Bréfritari: Sigríður Guðmundsdóttir
Viðtakandi: Jón Borgfirðings Jónsson
Dagsetning: A-1858-04-14
Skrifað á: Reykjavík  Gull.

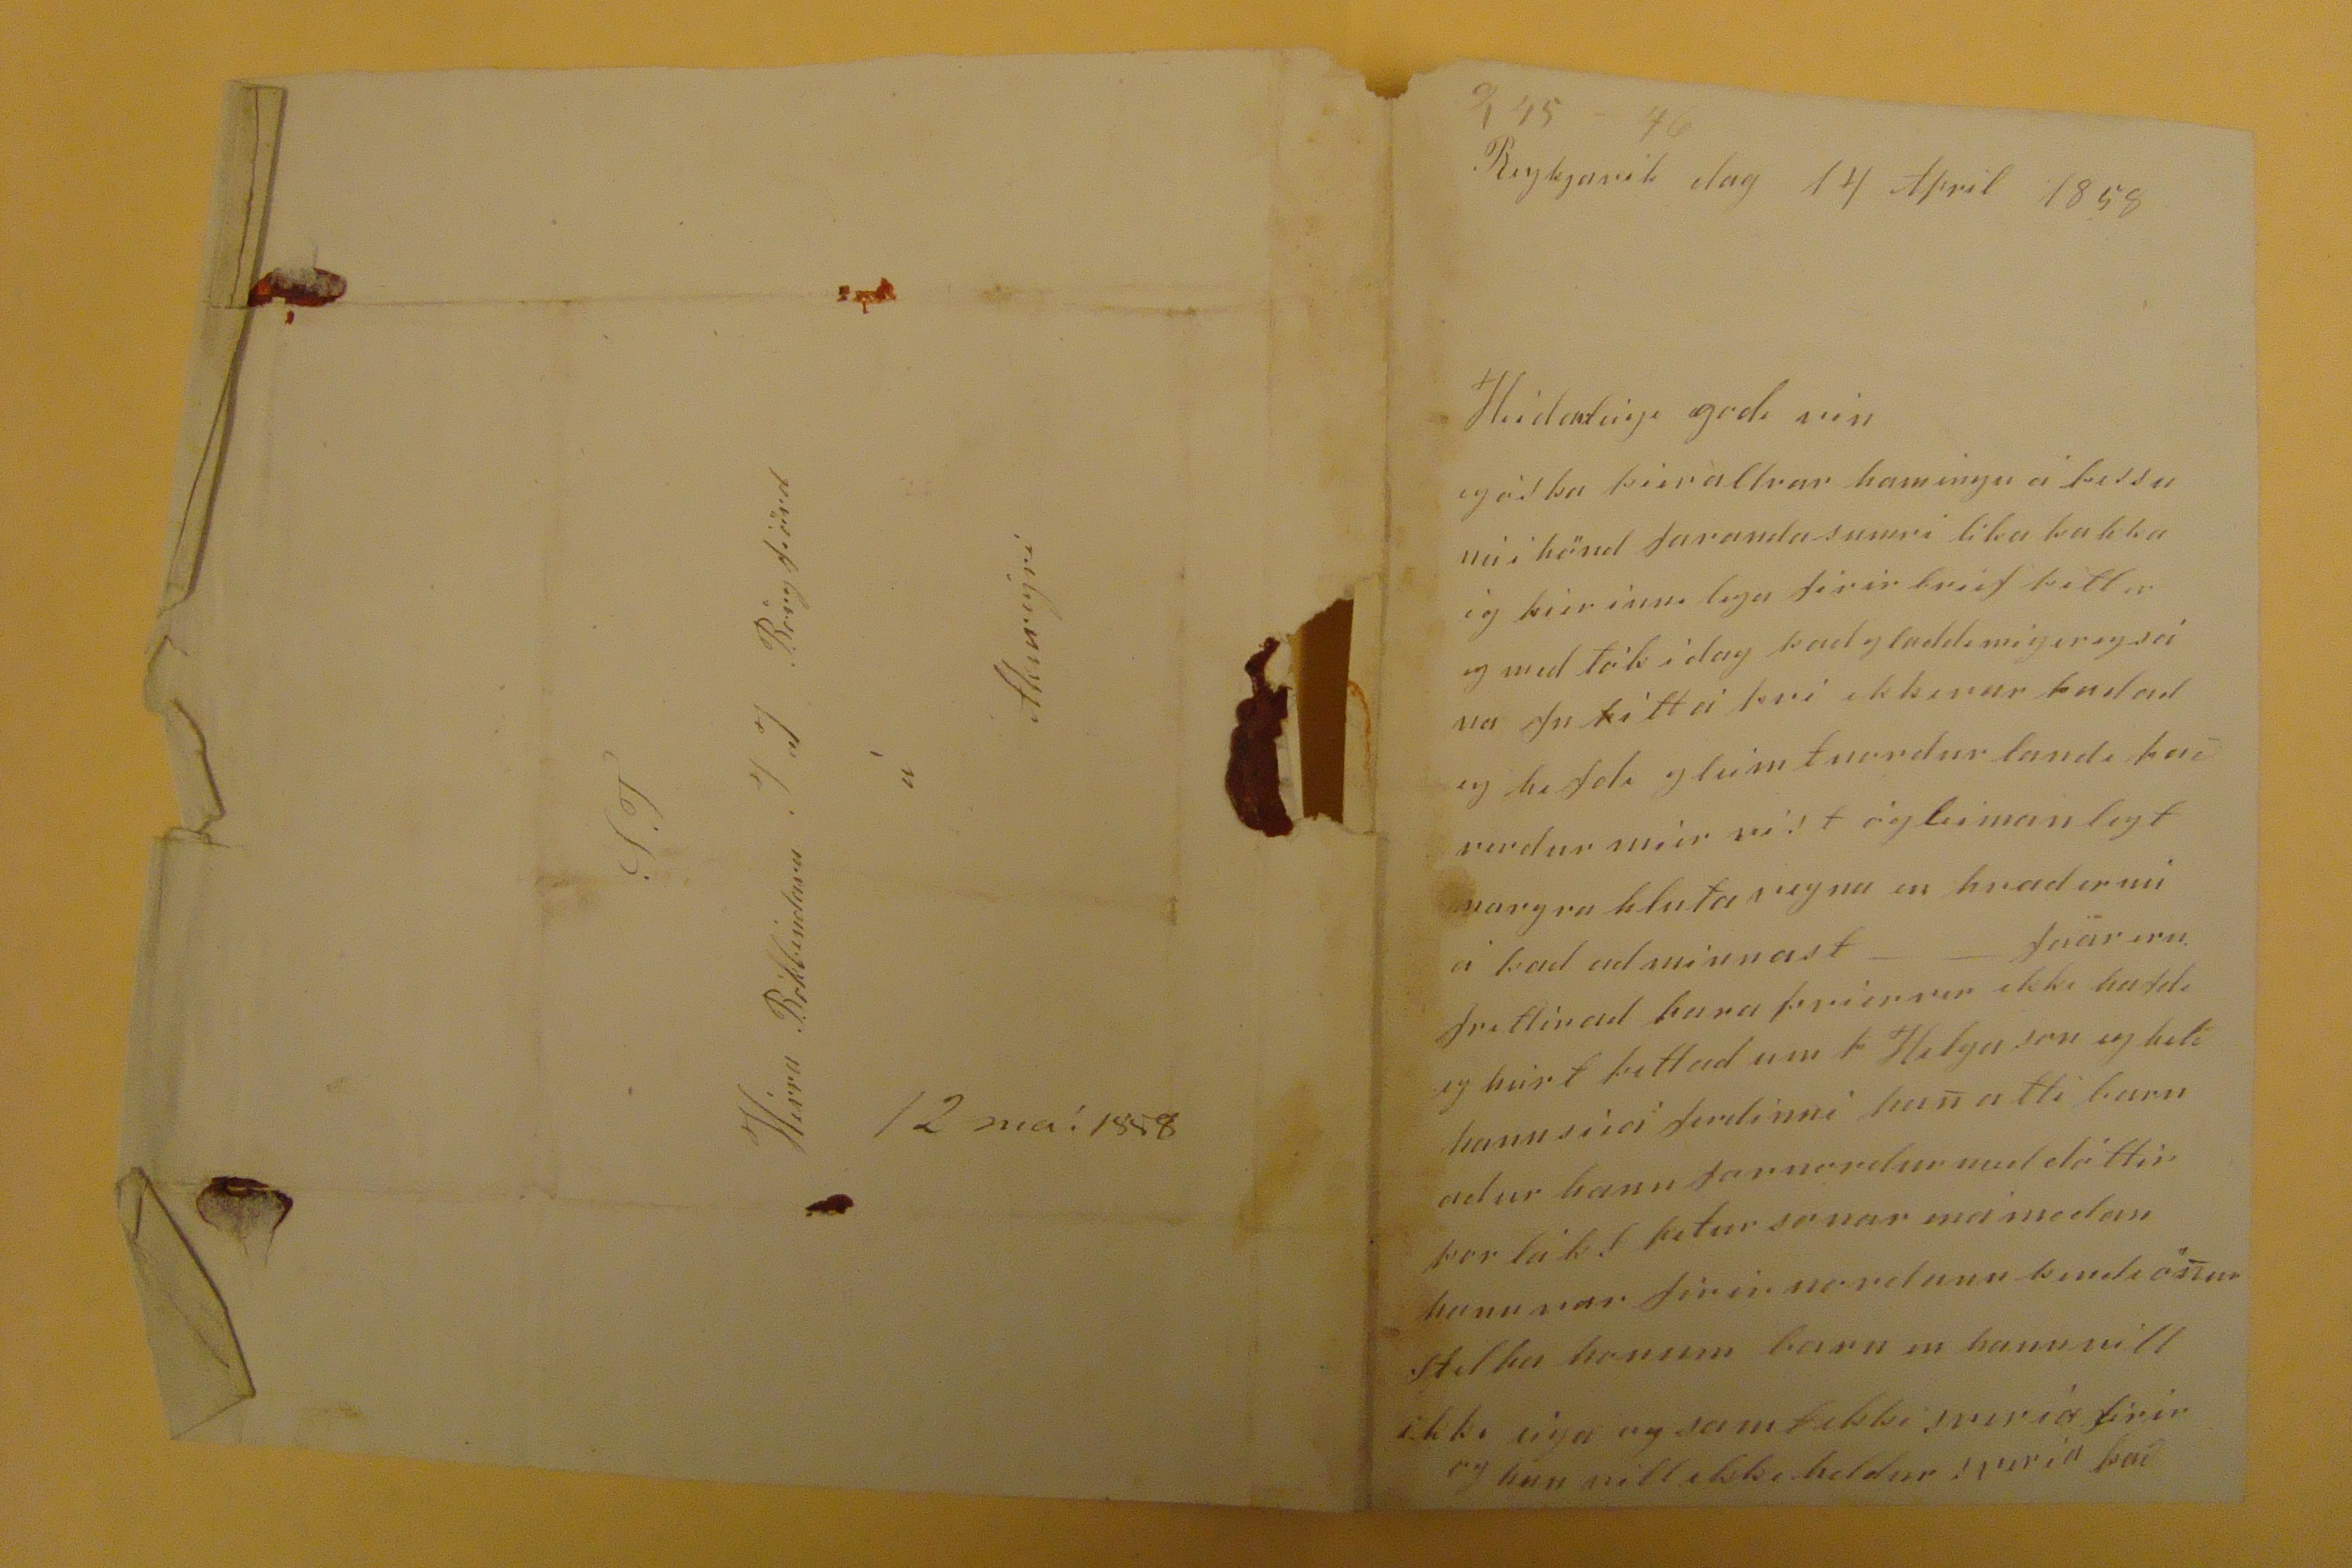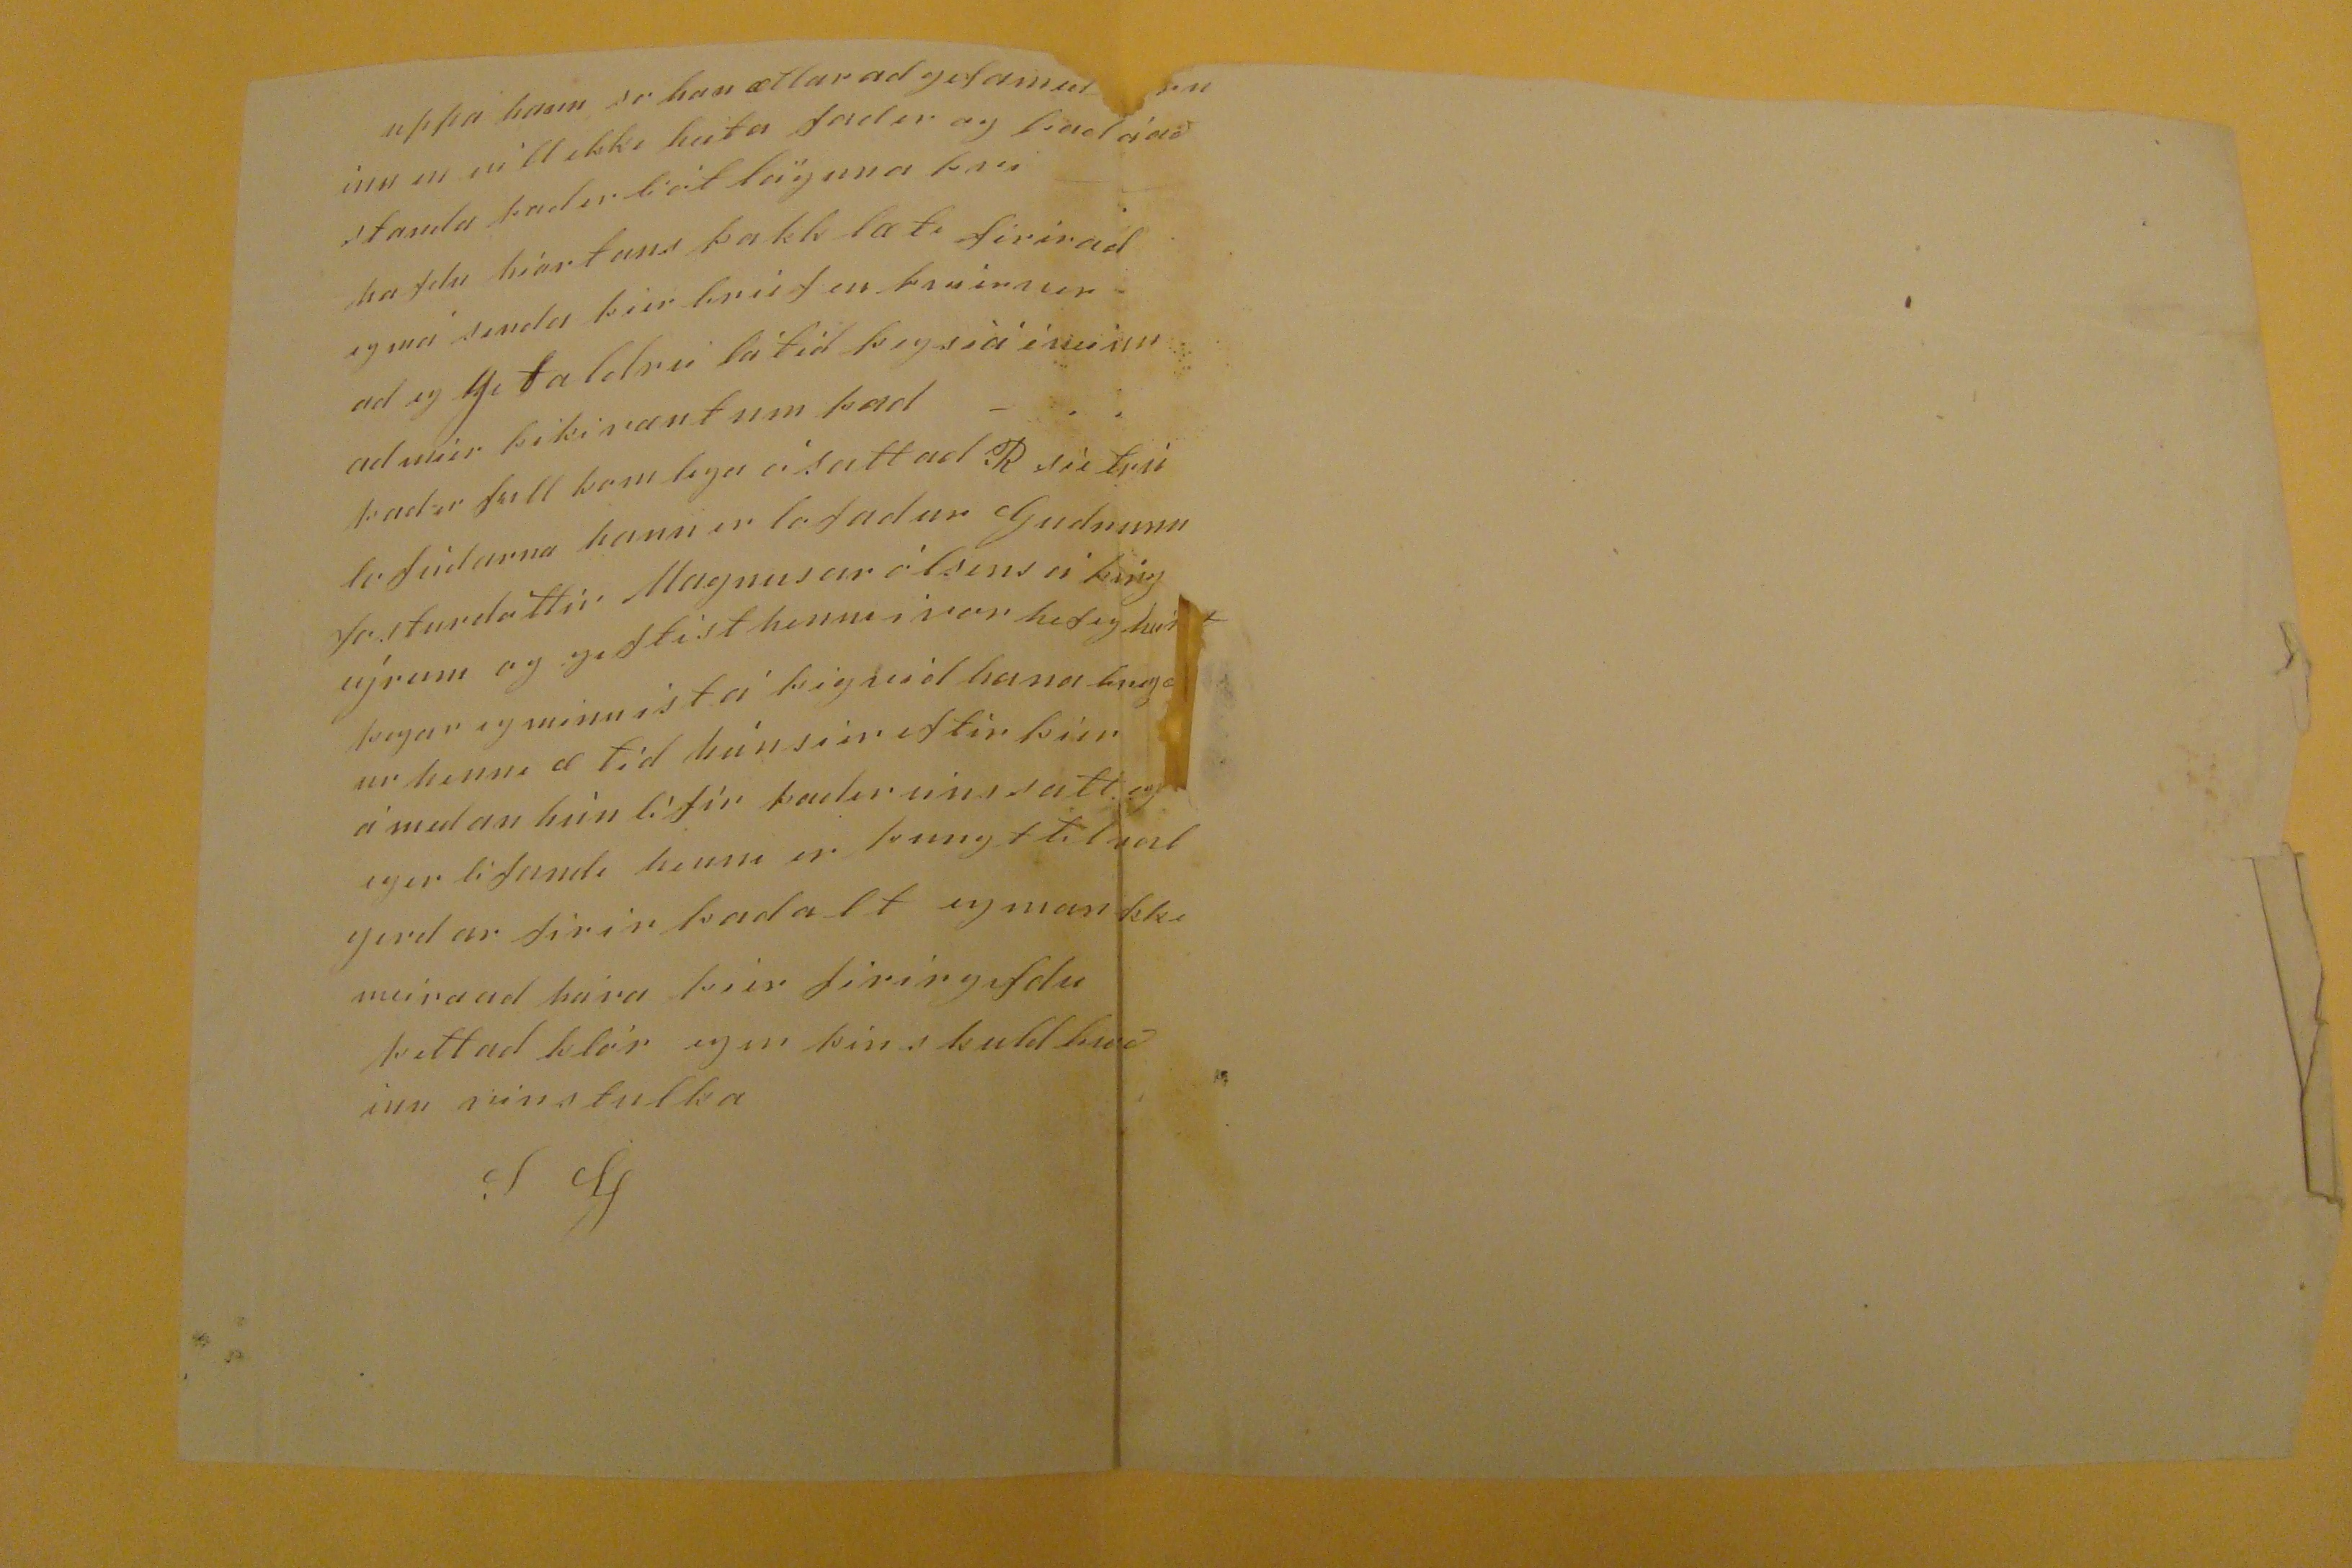

Reykjavik dag 14 April 1858
Heidarleigi godi vin
eg
óska þier allrar hamingu á þessu nú i hönd faranda sumri lika þakka ég þier inni lega firir brief þitt er eg med tók i dag þad gladdi mig er eg sá
na ??n þitt á
þvi ekkerur þad ad eg hefdi gleimt nordur landi það verdur mier vist og
leimanlegt
margra hluta vegna en hvad er nú á þad ad minnast - -
faar eru
frettirad
para þvi er ver
ekiki hafdi eg heirt þettad um
þ
Helga son eg held hann
sieer firdinni
han atti barn adur hann farnordur med dóttir þorláks petursonar
mámedan
hann var firir nordann
?ndi össur Stilku
honum barn en hann villekki
eiya og samþekki sveria
firir og hun vill ekki heldur
spiria það
uppa hann er han ætlar ad gefa med
??ninu
en vill ekki heita fadir og þad á að standa þad er
bitlayuna þvi
hafdu hiartans þakk læti firirad eg má senda þier
brief
en
tvirnir
ad eg
Get aldrei
látið þig siá i neinn ad mier þiki væntum þad - þad er full kom lega ósattad R sie
????
hann er lofadur Gudrunu
Josturdottir
Magnusar ólsins á þing eýrum og
geftist
henni i vor hef eg heirt þegar eg minnist á þig vid hann
??ng?ur
henni æ tid hún sier eftir þier á medan hún lifir þader eins satt og eg er lifandi henni er þungt
??
gerdar firir þad alt eg man ekki meira ad pára þier firir gefdu þettad klór eg er þin skuldbundinn vinstulka
SG
S.T
Hérra Bókbindara J J Borgfiörd
á
Akureýri